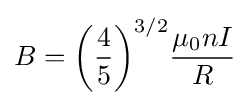
B={\left({\frac {4}{5}}\right)}^{3/2}{\frac {\mu _{0}nI}{R}}